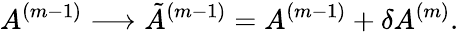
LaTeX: A^{(m-1)}\longrightarrow{\tilde{A}}^{(m-1)}=A^{(m-1)}+{\delta A^{(m)}}.